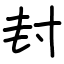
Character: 封